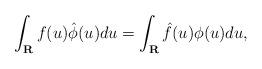
LaTeX: \begin{align*}\int_{{\bf R}} f(u) \hat{\phi}(u) du =\int_{{\bf R}} \hat{f}(u)\phi(u) du,\end{align*}